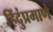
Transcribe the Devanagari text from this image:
हिंदुंप्रमाणे